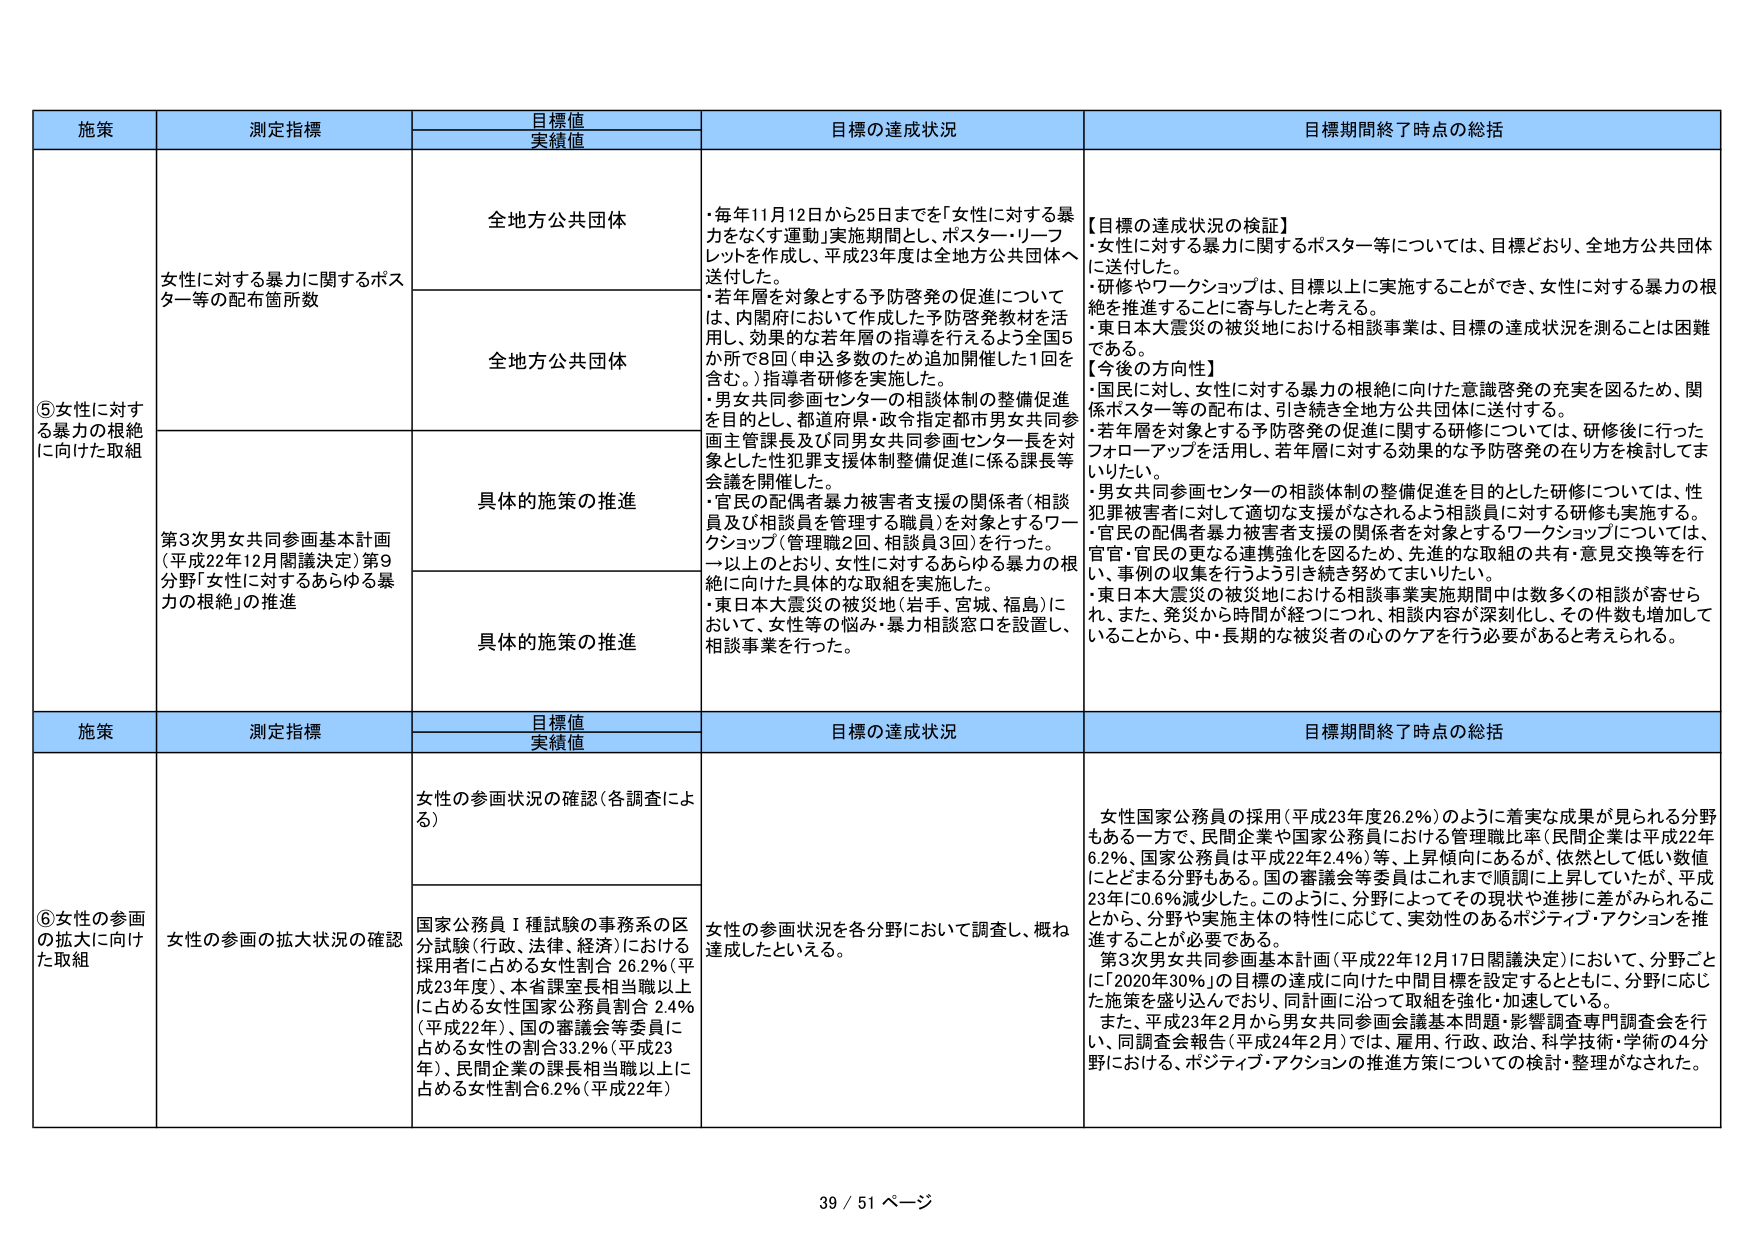
施策 測定指標 目標値 実績値 目標の達成状況 目標期間終了時点の総括
⑤女性に対する暴力の根絶に向けた取組 女性に対する暴力に関するポスター等の配布箇所数 全地方公共団体 ・毎年11月12日から25日までを「女性に対する暴力をなくす運動」実施期間とし、ポスター・リーフレットを作成し、平成23年度は全地方公共団体へ送付した。 ・若年層を対象とする予防啓発の促進については、内閣府において作成した予防啓発教材を活用し、効果的な若年層の指導を行えるよう全国5か所で8回（申込多数のため追加開催した1回を含む。）指導者研修を実施した。 ・男女共同参画センターの相談体制の整備促進を目的とし、都道府県・政令指定都市男女共同参画主管課長及び同男女共同参画センター長を対象とした性犯罪支援体制整備促進に係る課長等会議を開催した。 ・官民の配偶者暴力被害者支援の関係者（相談員及び相談員を管理する職員）を対象とするワークショップ（管理職2回、相談員3回）を行った。 以上のとおり、女性に対するあらゆる暴力の根絶に向けた具体的な取組を実施した。 ・東日本大震災の被災地（岩手、宮城、福島）において、女性等の悩み・暴力相談窓口を設置し、相談事業を行った。 【目標の達成状況の検証】 ・女性に対する暴力に関するポスター等については、目標どおり、全地方公共団体に送付した。 ・研修やワークショップは、目標以上に実施することができ、女性に対する暴力の根絶を推進することに寄与したと考える。 ・東日本大震災の被災地における相談事業は、目標の達成状況を測ることは困難である。 【今後の方向性】 ・国民に対し、女性に対する暴力の根絶に向けた意識啓発の充実を図るため、関係ポスター等の配布は、引き続き全地方公共団体に送付する。 ・若年層を対象とする予防啓発の促進に関する研修については、研修後に行ったフォローアップを活用し、若年層に対する効果的な予防啓発の在り方を検討してまいりたい。 ・男女共同参画センターの相談体制の整備促進を目的とした研修については、性犯罪被害者に対して適切な支援がなされるよう相談員に対する研修も実施する。 ・官民の配偶者暴力被害者支援の関係者を対象とするワークショップについては、官官・官民の更なる連携強化を図るため、先進的な取組の共有・意見交換等を行い、事例の収集を行うよう引き続き努めてまいりたい。 ・東日本大震災の被災地における相談事業実施期間中は多数の相談が寄せられ、また、発災から時間が経つにつれ、相談内容が深刻化し、その件数も増加していることから、中・長期的な被災者の心のケアを行う必要があると考えられる。 全地方公共団体 具体的施策の推進 第3次男女共同参画基本計画（平成22年12月閣議決定）第9分野「女性に対するあらゆる暴力の根絶」の推進 具体的施策の推進
施策 測定指標 目標値 実績値 目標の達成状況 目標期間終了時点の総括
⑥女性の参画の拡大に向けた取組 女性の参画の拡大状況の確認 女性の参画状況の確認（各調査による） 女性の参画状況を各分野において調査し、概ね達成したといえる。 女性国家公務員の採用（平成23年度26.2％）のように着実な成果が見られる分野もある一方で、民間企業や国家公務員における管理職比率（民間企業は平成22年6.2％、国家公務員は平成22年2.4％）等、上昇傾向にあるが、依然として低い数値にとどまる分野もある。国の審議会等委員はこれまで順調に上昇していたが、平成23年には0.6％減少した。このように、分野によってその現状や進捗に差がみられることから、分野や実施主体の特性に応じて、実効性のあるポジティブ・アクションを推進することが必要である。 第3次男女共同参画基本計画（平成22年12月17日閣議決定）において、分野ごとに「2020年30％」の目標の達成に向けた中間目標を設定するとともに、分野に応じた施策を盛り込んでおり、同計画に沿って取組を強化・加速している。 また、平成23年2月から男女共同参画基本問題・影響調査専門調査会を行い、同調査会報告（平成24年2月）では、雇用、行政、政治、科学技術・学術の4分野における、ポジティブ・アクションの推進方策についての検討・整理がなされた。 国家公務員Ⅰ種試験の事務系の区分試験（行政、法律、経済）における採用者に占める女性割合 26.2％（平成23年度）、本省課室長相当職以上に占める女性国家公務員割合 2.4％（平成22年）、国の審議会等委員に占める女性の割合33.2％（平成23年）、民間企業の課長相当職以上に占める女性割合6.2％（平成22年）
39 / 51 ページ